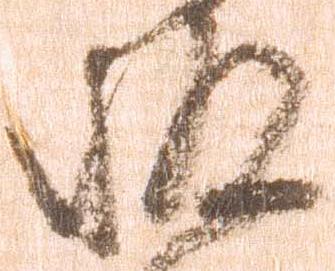
被